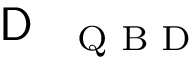
\textrm { \textsf { D } } _ { \textrm { Q B D } }